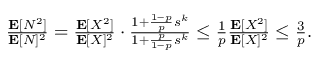
\begin{array} { r } { \frac { \mathbf { E } [ N ^ { 2 } ] } { \mathbf { E } [ N ] ^ { 2 } } = \frac { \mathbf { E } [ X ^ { 2 } ] } { \mathbf { E } [ X ] ^ { 2 } } \cdot \frac { 1 + \frac { 1 - p } { p } s ^ { k } } { 1 + \frac { p } { 1 - p } s ^ { k } } \le \frac 1 p \frac { \mathbf { E } [ X ^ { 2 } ] } { \mathbf { E } [ X ] ^ { 2 } } \le \frac 3 p . } \end{array}